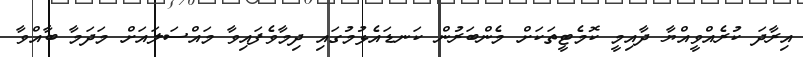
އިރާދަ ކުރެއްވީއްޔާ ދާއިމީ ކޮމެޓީތަކަށް މެންބަރުން ކަނޑައެޅުމުގައި ދިމާވެފައިވާ މައްސަލައަށް މަދަމާ ބާއްވާ